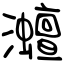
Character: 灗